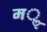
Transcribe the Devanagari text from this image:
मॢ